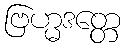
ဗြဟ္မဒတ္တေ